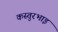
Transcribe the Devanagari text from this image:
कस्तुरभाइ